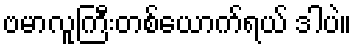
ဗမာလူကြီးတစ်ယောက်ရယ် ဒါပဲ။